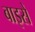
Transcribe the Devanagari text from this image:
बाइसें